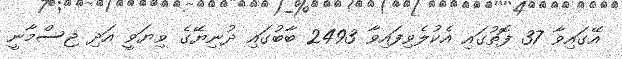
އޭގައިވާ 37 ފޮތުގައި އެކުލެވިފައިވާ 2493 ބާބުގައި ދުނިޔޭގެ ވިޔަވީ އަދި ޖިސްމާނީ